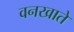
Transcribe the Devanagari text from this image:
वनखाते